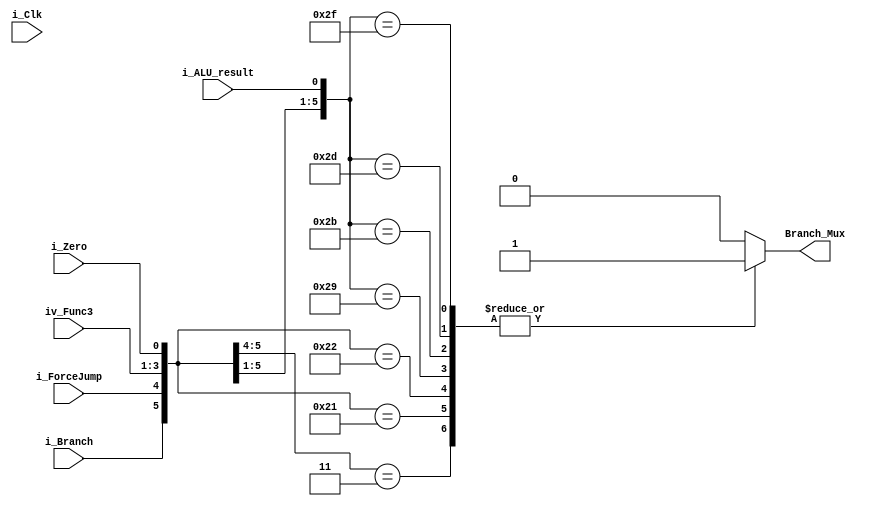
module Jump_Ctr(
	input i_Clk,
	input i_Branch,
	input i_ForceJump,
	input [2:0] iv_Func3,
	input i_ALU_result,
	input i_Zero,
	output reg Branch_Mux
);


always@*
begin
	casex({i_Branch,i_ForceJump,iv_Func3,i_ALU_result,i_Zero})
	7'b1_1_xxx_x_x: Branch_Mux = 1'b1;
	7'b1_0_000_x_1: Branch_Mux = 1'b1;
	7'b1_0_001_x_0: Branch_Mux = 1'b1;
	7'b1_0_010_x_x: Branch_Mux = 1'b0;
	7'b1_0_011_x_x: Branch_Mux = 1'b0;
	7'b1_0_100_1_x: Branch_Mux = 1'b1;
	7'b1_0_101_1_x: Branch_Mux = 1'b1;
	7'b1_0_110_1_x: Branch_Mux = 1'b1;
	7'b1_0_111_1_x: Branch_Mux = 1'b1;
	7'b0_1_xxx_x_x: Branch_Mux = 1'b0;
	7'b0_0_xxx_x_x: Branch_Mux = 1'b0;
	default: Branch_Mux = 1'b0;
	
	endcase
end





endmodule